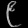
Digit: ၉